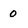
Character: 0